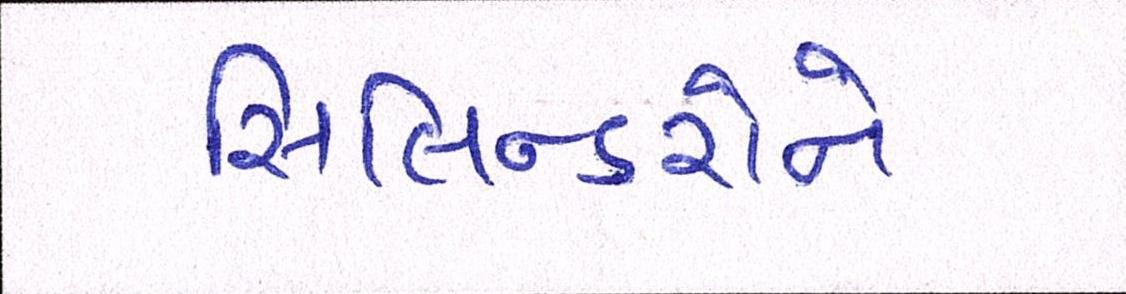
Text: સિલિન્ડરોને